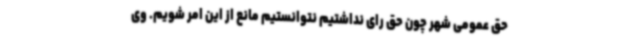
حق عمومی شهر چون حق رای نداشتیم نتوانستیم مانع از این امر شویم. وی